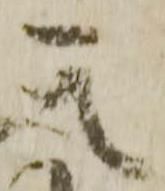
其